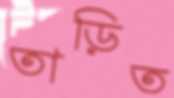
তাড়িত